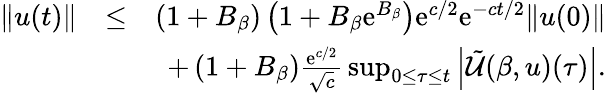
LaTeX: \begin{array}{rlr}{\| u(t)\| }&{\leq}&{\left(1+B_{\beta}\right)\left(1+B_{\beta}\mathrm{e}^{B_{\beta}}\right)\mathrm{e}^{c/2}\mathrm{e}^{-ct/2}\| u(0)\| }\\ &{}&{+\left(1+B_{\beta}\right){\frac{\mathrm{e}^{c/2}}{\sqrt{c}}}\operatorname*{sup}_{0\leq\tau\leq t}\left|\tilde{\cal U}(\beta,u)(\tau)\right|.}\end{array}